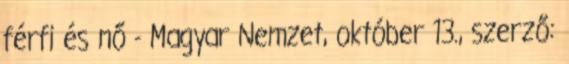
férfi és nő - Magyar Nemzet, október 13., szerző: